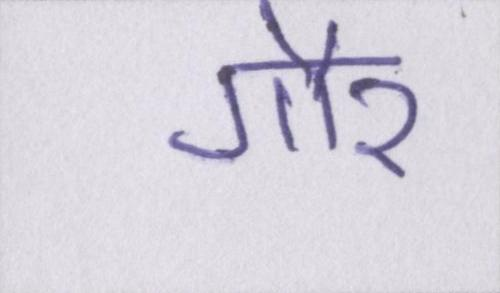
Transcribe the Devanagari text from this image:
गौर